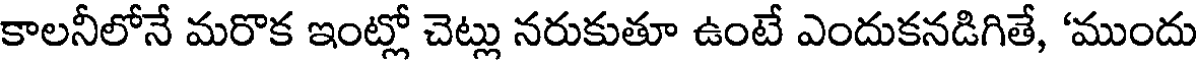
కాలనీలోనే మరొక ఇంట్లో చెట్లు నరుకుతూ ఉంటే ఎందుకనడిగితే, 'ముందు